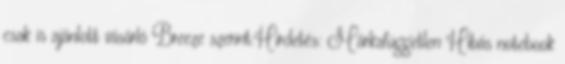
csak is ajánlott vásárló Breeze szerint:Hirdetés: Márkafüggetlen Hibás notebook